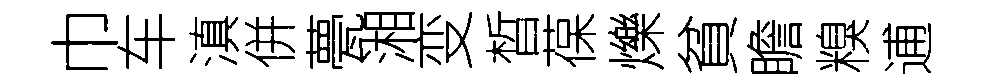
巾车滇併甍湘变晳葆爍貧瞻糗逋